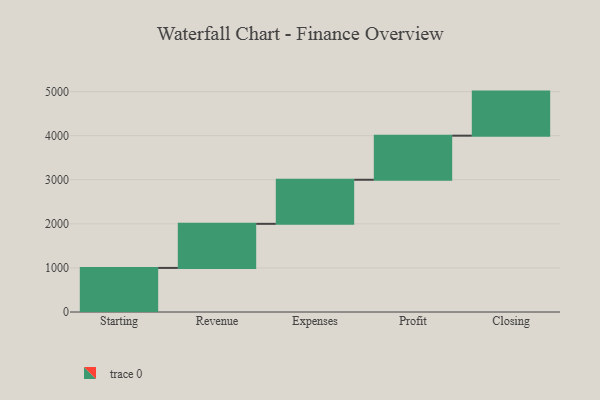
{"axis": {"x": "Step", "y": "Value"}, "legend": [""], "data": [{"x": "Starting", "y": 1000, "type": ""}, {"x": "Revenue", "y": 1000, "type": ""}, {"x": "Expenses", "y": 1000, "type": ""}, {"x": "Profit", "y": 1000, "type": ""}, {"x": "Closing", "y": 1000, "type": ""}]}